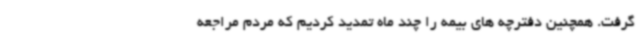
گرفت. همچنین دفترچه های بیمه را چند ماه تمدید کردیم که مردم مراجعه